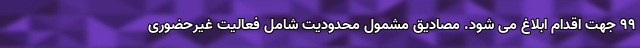
۹۹ جهت اقدام ابلاغ می شود. مصادیق مشمول محدودیت شامل فعالیت غیرحضوری